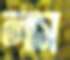
লাস